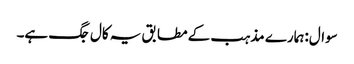
سوال:ہمارے مذہب کے مطابق یہ کال جگ ہے۔